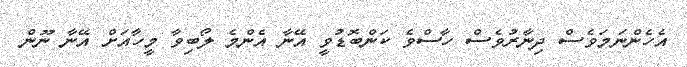
އެހެންނަމަވެސް ދިނާރުވެސް ހާސްވެ ކަންބޮޑުވީ އޭނާ އެންމެ ލޯބިވާ މީހާއަށް އޭނާ ނޫން